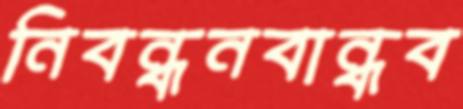
নিবন্ধনবান্ধব